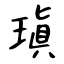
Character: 瑱